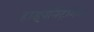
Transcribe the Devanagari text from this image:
हाइपोनैट्रेमिया